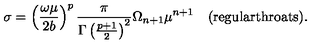
\sigma = \left( { \frac { \omega \mu } { 2 b } } \right) ^ { p } { \frac { \pi } { \Gamma \left( { \frac { p + 1 } { 2 } } \right) ^ { 2 } } } \Omega _ { n + 1 } \mu ^ { n + 1 } \quad \mathrm { ( r e g u l a r t h r o a t s ) } .